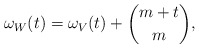
\begin{align*}\omega _{W} (t)=\omega _ {V} (t) + \binom{m+t}{m},\end{align*}